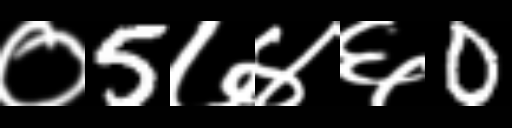
Text: ०5७४६0